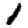
Digit: 1